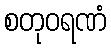
စတုဝရဏံ